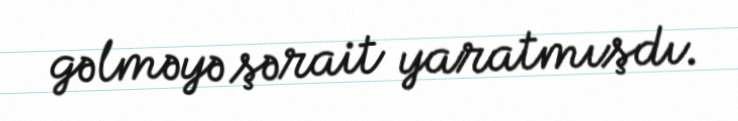
gəlməyə şərait yaratmışdı.